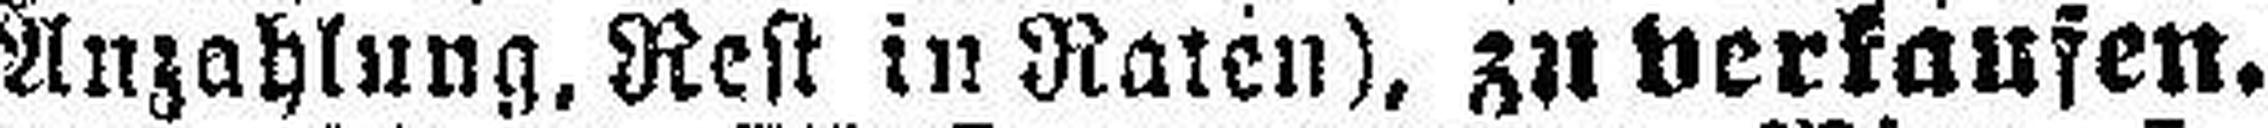
Anzahlung, Rest in Raten), zu verkaufen.